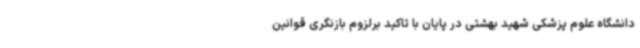
دانشگاه علوم پزشکی شهید بهشتی در پایان با تاکید برلزوم بازنگری قوانین